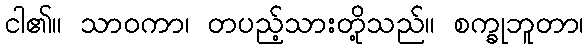
ငါ၏။ သာဝကာ၊ တပည့်သားတို့သည်။ စက္ခုဘူတာ၊